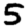
Digit: 5